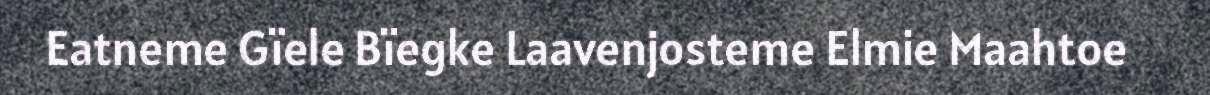
Eatneme Gïele Bïegke Laavenjosteme Elmie Maahtoe